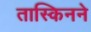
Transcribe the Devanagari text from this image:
तास्किनने